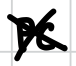
Text: PC
Cross-out: cross
Writing tool: digital_black